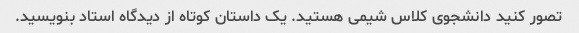
تصور کنید دانشجوی کلاس شیمی هستید. یک داستان کوتاه از دیدگاه استاد بنویسید.